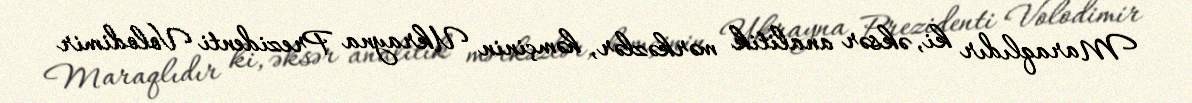
Maraqlıdır ki, əksər analitik mərkəzlər, həmçinin Ukrayna Prezidenti Volodimir